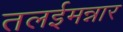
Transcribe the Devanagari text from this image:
तलईमन्नार